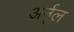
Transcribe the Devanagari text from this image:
अर्नूल